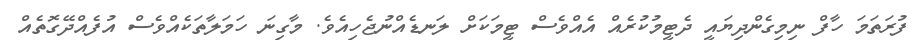
ފުރަތަމަ ހާފް ނިމިގެންދިޔައީ ދެޓީމުކުރެއް އެއްވެސް ޓީމަކަށް ލަނޑެއްނުޖެހިއެވެ. މާގިނަ ހަމަލާތަކެއްވެސް އުފެއްދޭގޮތެއް